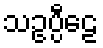
သဥပ္ပီဠေ